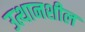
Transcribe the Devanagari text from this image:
उत्थानशील